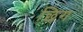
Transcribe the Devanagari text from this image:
छिग